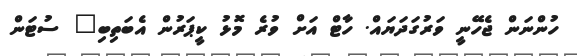
ހުންނަން ޖެހޭނީ ވަރުގަދަޔައް. ހާޓް އަށް ވުރެ މޮޅު ކީޕަރުން އެބަތިބި" ސުޓަން